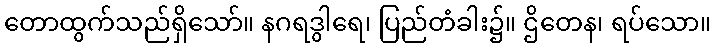
တောထွက်သည်ရှိသော်။ နဂရဒွါရေ၊ ပြည်တံခါး၌။ ဌိတေန၊ ရပ်သော။